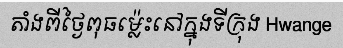
តាំងពីថ្ងៃពុធម្ល៉េះនៅក្នុងទីក្រុង Hwange